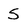
Character: S